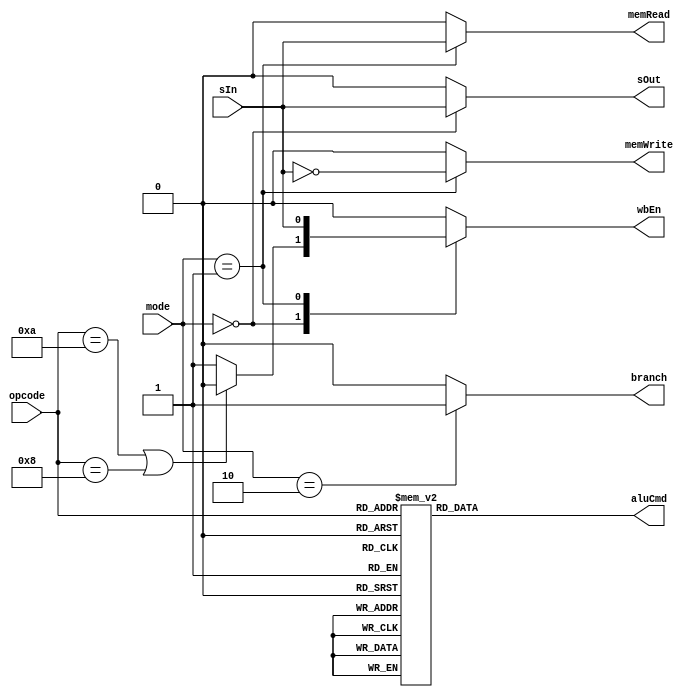
// This program was cloned from: https://github.com/matahho/Computer-Architecture-Lab
// License: MIT License

module ControlUnit(
    input [1:0] mode,
    input [3:0] opcode,
    input sIn,
    output reg [3:0] aluCmd,
    output reg memRead, memWrite,
    output reg wbEn, branch, sOut
);
    always @(mode, opcode, sIn) begin
        aluCmd = 4'd0;
        {memRead, memWrite} = 2'd0;
        {wbEn, branch, sOut} = 3'd0;

        case (opcode)
            4'b1101: aluCmd = 4'b0001; // MOV
            4'b1111: aluCmd = 4'b1001; // MVN
            4'b0100: aluCmd = 4'b0010; // ADD, LDR, STR
            4'b0101: aluCmd = 4'b0011; // ADC
            4'b0010: aluCmd = 4'b0100; // SUB
            4'b0110: aluCmd = 4'b0101; // SBC
            4'b0000: aluCmd = 4'b0110; // AND
            4'b1100: aluCmd = 4'b0111; // ORR
            4'b0001: aluCmd = 4'b1000; // EOR
            4'b1010: aluCmd = 4'b0100; // CMP
            4'b1000: aluCmd = 4'b0110; // TST
            default: aluCmd = 4'b0001;
        endcase

        case (mode)
            2'b00: begin
                sOut = sIn;
                // no write-back for CMP and TST
                wbEn = (opcode == 4'b1010 || opcode == 4'b1000) ? 1'b0 : 1'b1;
            end
            2'b01: begin
                wbEn = sIn;
                memRead = sIn;
                memWrite = ~sIn;
            end
            2'b10: branch = 1'b1;
            default:;
        endcase
    end
endmodule